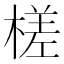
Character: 槎